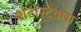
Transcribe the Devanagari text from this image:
शेटोस्टेकस